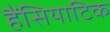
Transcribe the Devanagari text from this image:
हैंसियाटिक